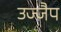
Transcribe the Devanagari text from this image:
उज्जैप